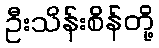
ဦးသိန်းစိန်တို့